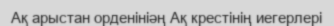
Ақ арыстан орденініәң Ақ крестінің иегерлері